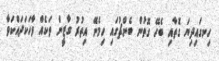
ހިނގައިދިޔަ ގޮތާއި ބެހޭ ގޮތުން ބެންޗުގައި ހިމެނޭ އިތުރު ގާޒީން ތަކެއް ވާހަކަދައްކަވާ